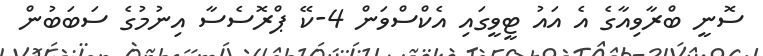
ސޮނީ ބްރާވިއާގެ އެ އައު ޓީވީގައި އެކްސްވަން 4-ކޭ ޕްރޮސެސާ އިނުމުގެ ސަބަބުން